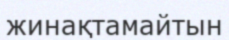
жинақтамайтын